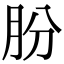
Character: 肦